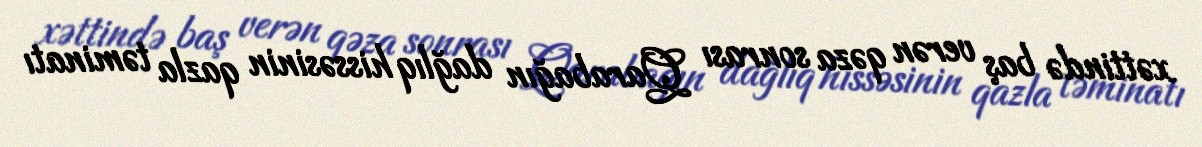
xəttində baş verən qəza sonrası Qarabağın dağlıq hissəsinin qazla təminatı